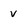
Character: v